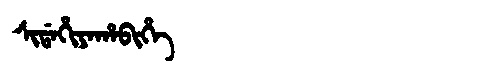
Manchu: ᠰᡳᡩᠠᡥᡳᠶᠠᡥᠠᠪᡳᡥᡝ
Romanization: SIDAHIYAHABIHE